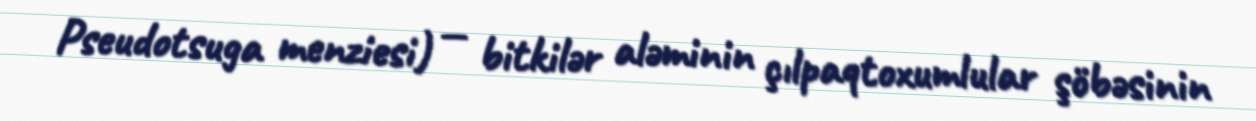
Pseudotsuga menziesi) — bitkilər aləminin çılpaqtoxumlular şöbəsinin